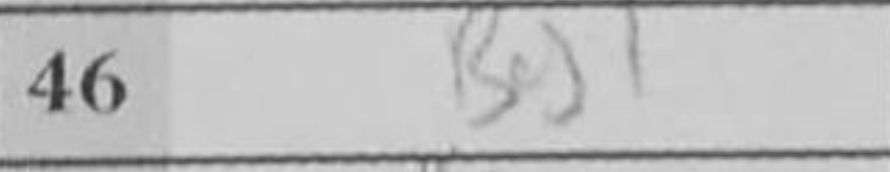
Transcription: Bg1